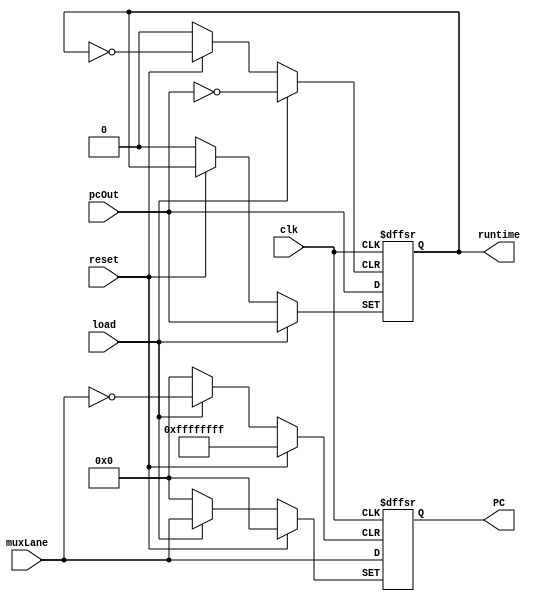
module PCreg_extended(
	input [31:0]muxLane,
	input pcOut,
	input clk,
	input load,
	input reset,
	output reg [31:0]PC,
	output reg runtime);

	always @(negedge clk or  posedge reset or posedge load) begin
		if(reset) begin
			PC<=0;
		end
		else if(load)begin
			 PC<=muxLane;
			 runtime<=pcOut;
		end
		else if(clk==0) begin
			PC<=muxLane;
			runtime<=pcOut;
		end
	end
endmodule